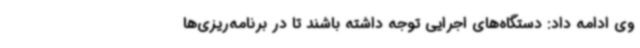
وی ادامه داد: دستگاه‌های اجرایی توجه داشته باشند تا در برنامه‌ریزی‌ها